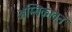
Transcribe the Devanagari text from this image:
अम्बिकावन